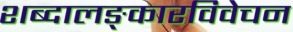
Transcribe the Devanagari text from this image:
शब्दालङ्कारविवेचन